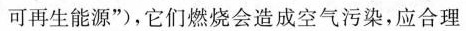
可再生能源”)，它们燃烧会造成空气污染，应合理